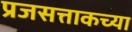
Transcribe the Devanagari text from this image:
प्रजसत्ताकच्या